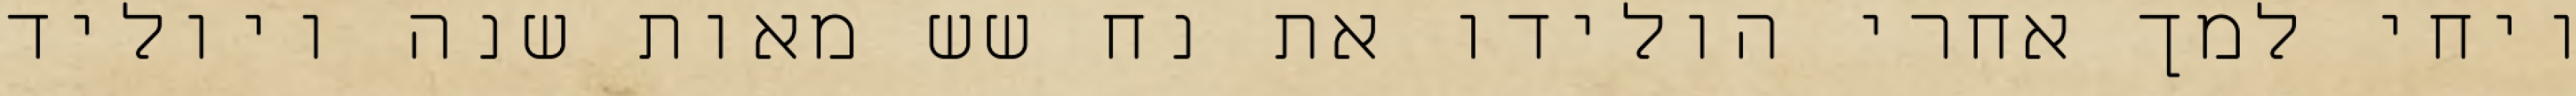
ויחי למך אחרי הולידו את נח שש מאות שנה ויוליד